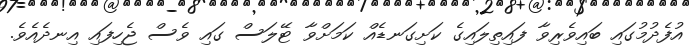
އުފެދުމުގައި ބައިވެރިވާ ފައިތިލައިގެ ކަށިގަނޑެއް ކަމަށްވާ ޓޭލަސް ގައި ވެސް ޖެހިފައި އިނދެއެވެ.